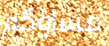
مساؤكم